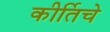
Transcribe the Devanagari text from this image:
कीर्तिचे